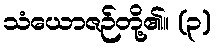
သံယောဇဉ်တို့၏။ (၃)